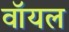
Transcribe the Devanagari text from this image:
वॉयल